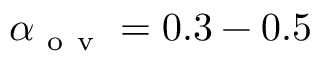
\alpha _ { \mathrm { ~ o ~ v ~ } } = 0 . 3 - 0 . 5